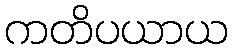
ကတိပယာယ